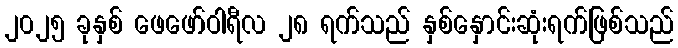
၂၀၂၅ ခုနှစ် ဖေဖော်ဝါရီလ ၂၈ ရက်သည် နှစ်နှောင်းဆုံးရက်ဖြစ်သည်